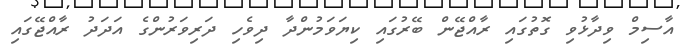
އާސިމް ވިދާޅުވި ގޮތުގައި ރާއްޖޭން ބޭރުގައި ކިޔަވަމުންދާ ދިވެހި ދަރިވަރުންގެ އަދަދު ރާއްޖޭގައި